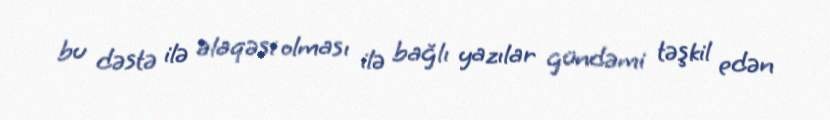
bu dəstə ilə əlaqəsi olması ilə bağlı yazılar gündəmi təşkil edən